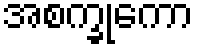
အစက္ခုကော